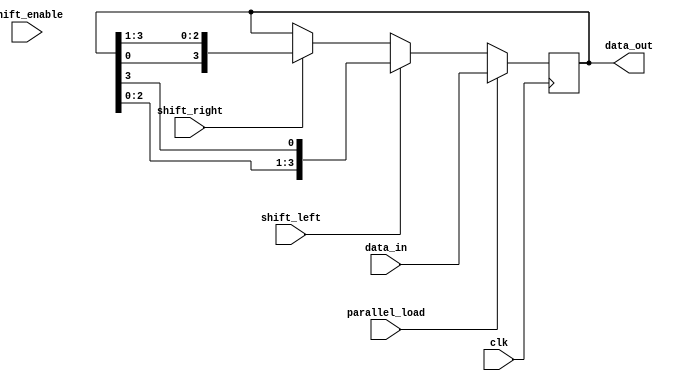
module UniversalShiftRegister (
    input wire clk,
    input wire [3:0] data_in,
    input wire shift_left,
    input wire shift_right,
    input wire parallel_load,
    input wire shift_enable,
    output reg [3:0] data_out
);

reg [3:0] shift_reg;

always @(posedge clk) begin
    if (parallel_load) begin
        shift_reg <= data_in;
    end else if (shift_left) begin
        shift_reg <= {shift_reg[2:0], shift_reg[3]};
    end else if (shift_right) begin
        shift_reg <= {shift_reg[0], shift_reg[3:1]};
    end else if (shift_enable) begin
        shift_reg <= shift_reg;
    end
end

assign data_out = shift_reg;

endmodule